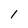
Character: l